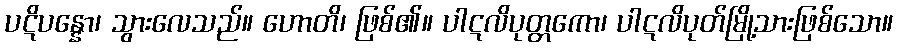
ပဋိပန္နော၊ သွားလေသည်။ ဟောတိ၊ ဖြစ်၏။ ပါဋလိပုတ္တကော၊ ပါဋလိပုတ်မြို့သားဖြစ်သော။